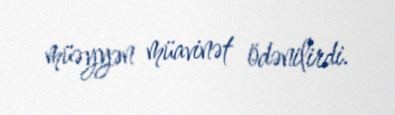
müəyyən müavinət ödənilirdi.